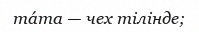
máma — чех тілінде;